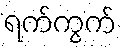
ရက်ကွက်